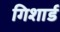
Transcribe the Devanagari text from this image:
गिशार्ड